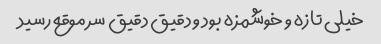
خیلی تازه و خوشمزه بود و دقیق دقیق سر موقع رسید